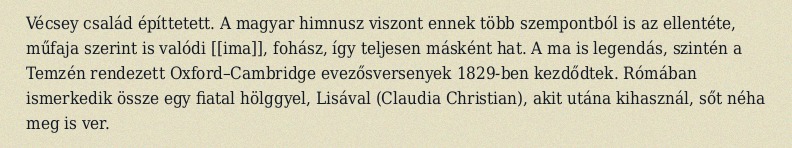
Vécsey család építtetett. A magyar himnusz viszont ennek több szempontból is az ellentéte, műfaja szerint is valódi [[ima]], fohász, így teljesen másként hat. A ma is legendás, szintén a Temzén rendezett Oxford–Cambridge evezősversenyek 1829-ben kezdődtek. Rómában ismerkedik össze egy fiatal hölggyel, Lisával (Claudia Christian), akit utána kihasznál, sőt néha meg is ver.